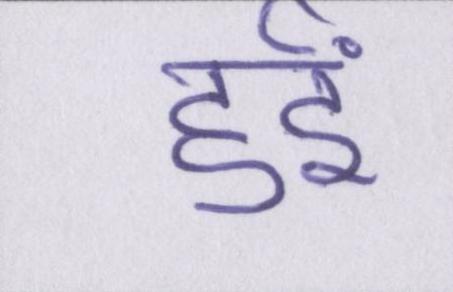
हुईं